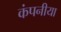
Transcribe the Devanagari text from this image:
कंपनीया